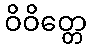
ဝိဝိတ္တေ